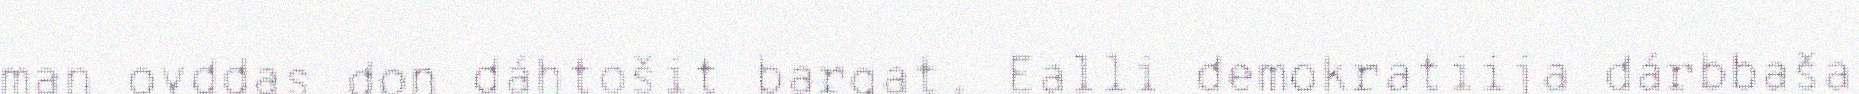
man ovddas don dáhtošit bargat. Ealli demokratiija dárbbaša